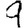
Digit: 9